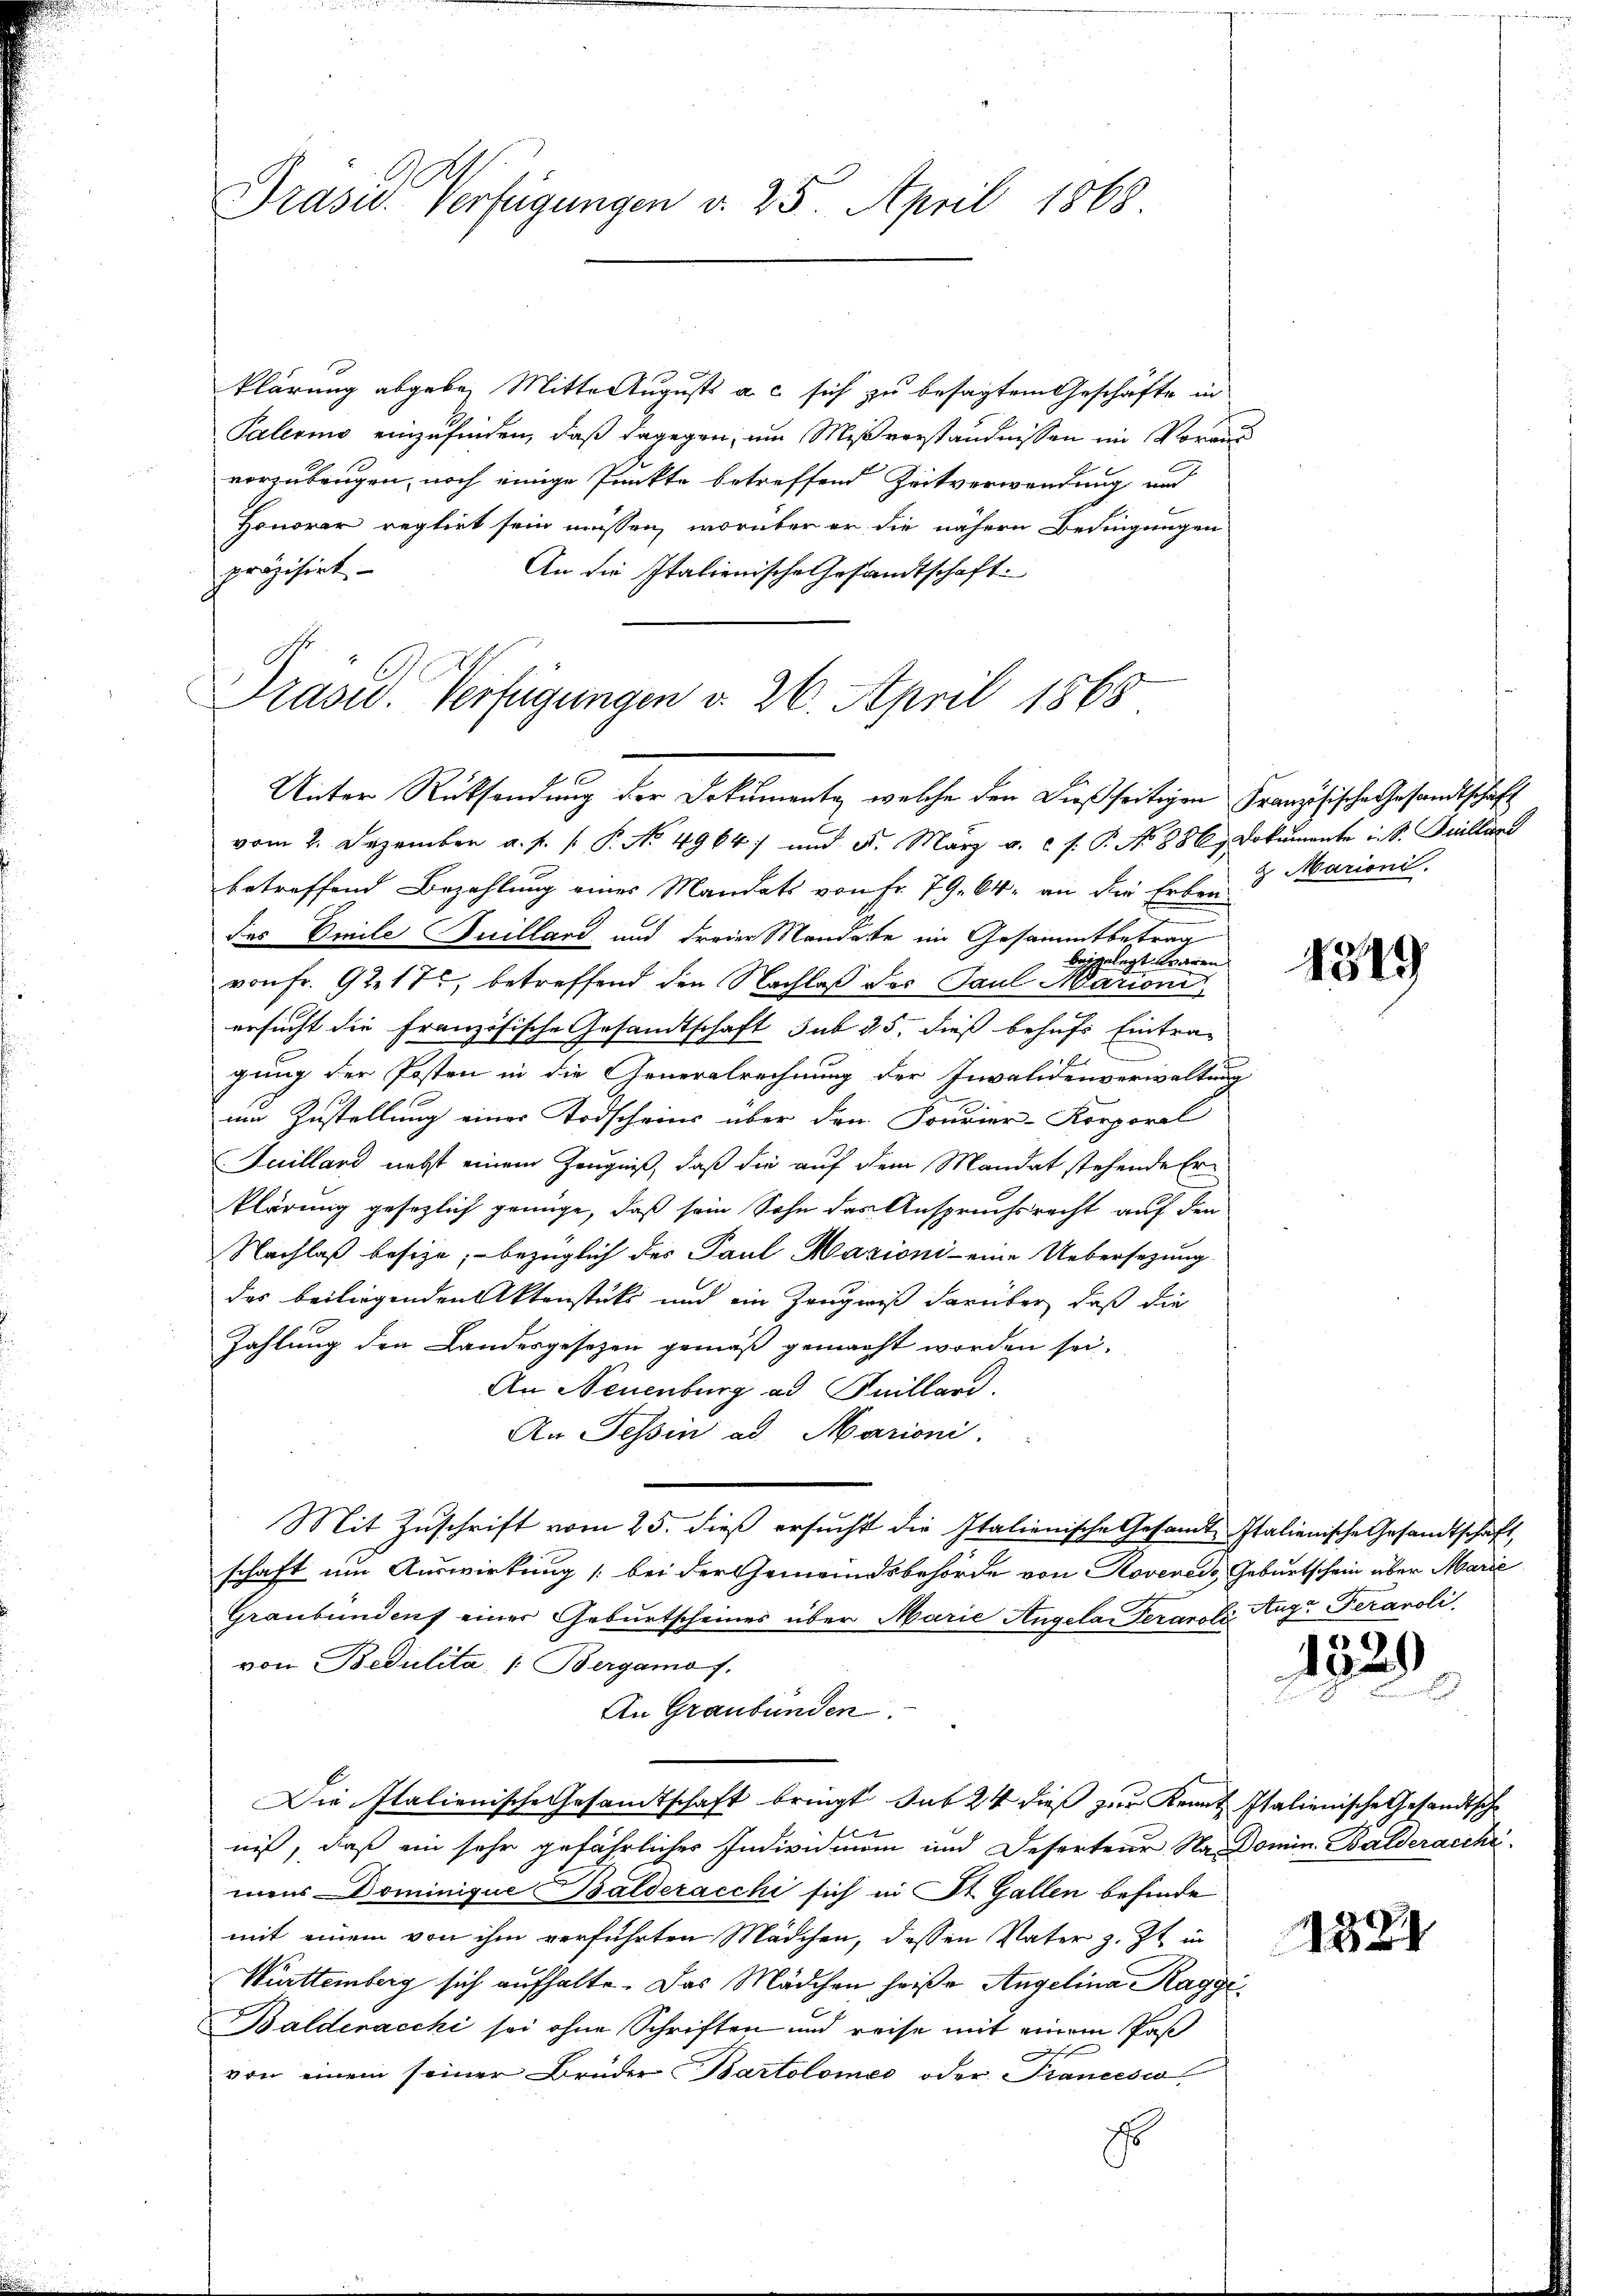
Präsid. Verfügungen v. 25. April 1868

Unter Rücksendung der Dokumente, welche den dießseitigen Französische Gesandtschaft

klärung abgeben Mittel Augusts a. c. sich zu besagtem Geschäfte in
Palermo einzufinden, daß dagegen, um Mißverständnissen im Voraus
vorzubeugen, noch einige Punkte betreffend Zeitverwendung und
Honorar reglirt sein müssen, worüber er die nähern Bedingungen
präzisirt
An die Italienische Gesandtschaft.
Präsid. Verfügungen v. 26. April 1868

vom 2. Dezember a. f. u. P. No 4964) und 5. März a. c. s. P. No 886 Dokumente u. S. Guilland
betreffend Bezahlung eines Mandats von Fr. 79. 64. an die Erben
g
des Emile Suilland und dreier Mandate im Gesammtbetrag
beigelegt waren.
von Fr. 9217, betreffend den Nachlaß des Paul Marion,
ersucht die französische Gesandtschaft sub 25. dieß behufs Eintra-
gung der Posten in die Generalrechnung der Invalidenverwaltung
am Zustellung einer Todscheins über dem Fourier-Korporal
Juilland nebst einem Zeugniß, daß die auf dem Mandat stehende Er¬
Plärung gesezlich genüge, daß sein Sohn das Anspruchsrecht auf den
Nachlaß besize, bezüglich des Paul Mazioni - eine Uebersezung
das beiliegenden Aktenstüks und ein Zeugniß darüber, daß die
Zahlung den Landesgesetzen gemäß gemacht worden sei.
An Neuenburg ad Meilland.
An Tessin ad Marioni.
Mit Zuschrift vom 25. dieß ersucht die Italienische Gesandt Italienische Gesandtschaft,
schaft um Auswirkung (bei der Gemeindsbehörde von Rovereis, Geburtschein über Marie
Graubündenf einer Geburtscheines über Marie Angelai derart Auge Feranoli
von Bedulita. /: Bergamo f.
An Graubünden.
Die Italienische Gesandtschaft bringt sub 24 dieß zur Kennt Italienische Gesandtsche
niß, daß ein sehr gefährlicher Individmann und Deserteur Na-Domin. Balderacche
mens Dominique Balderacchi sich in St. Gallen befinde
mit einem von ihm verführten Mädchen, dessen Vater z. Zt. in
Württemberg sich aufhalte. Das Mädchen heiße Angelina Raggi¬
Baldenacchi sei ohne Schriften und reise mit einem Paß
von einem seiner Brüder Bartolomes oder Francisio
E

g. Marioni

1349

1829

132